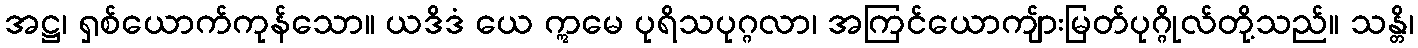
အဋ္ဌ၊ ရှစ်ယောက်ကုန်သော။ ယဒိဒံ ယေ ဣမေ ပုရိသပုဂ္ဂလာ၊ အကြင်ယောကျ်ားမြတ်ပုဂ္ဂိုလ်တို့သည်။ သန္တိ၊